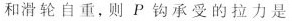
和滑轮自重，则P钩承受的拉力是